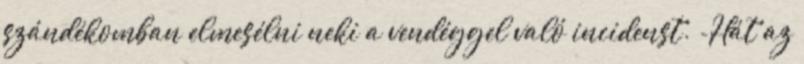
szándékomban elmesélni neki a vendéggel való incidenst. -Hát az